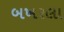
બખરલા